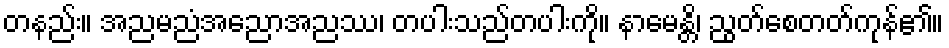
တနည်း။ အညမညံအညောအညဿ၊ တပါးသည်တပါးကို။ နာမေန္တိ၊ ညွတ်စေတတ်ကုန်၏။